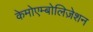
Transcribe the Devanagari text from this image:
केमोएम्बोलिज़ेशन